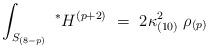
LaTeX: \begin{align*}\int_{S_{(8-p)}} \ ^*H^{(p+2)}\ =\ 2 \kappa_{(10)}^2 \; \rho_{(p)}\end{align*}